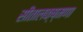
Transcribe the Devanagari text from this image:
सीतालक्ष्मणा